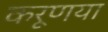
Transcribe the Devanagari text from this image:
करूणया